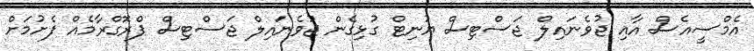
އެމްސީއެސް އާއި ޖުވެނައިލް ޖަސްޓިސް ޔުނިޓް ގުޅިގެން ޖުވެނައިލް ޖަސްޓިސް ޕްރޮގްރާމެއް ފެށުމަށް